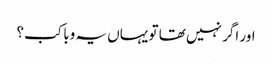
اور اگر نہیں تھا تو یہاں یہ وبا کب؟